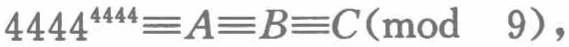
\(4444^{4444}\equiv A\equiv B\equiv C(\bmod\ 9)\)